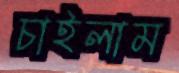
চাইলাম